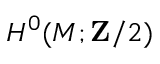
H ^ { 0 } ( M ; \mathbf { Z } / 2 )